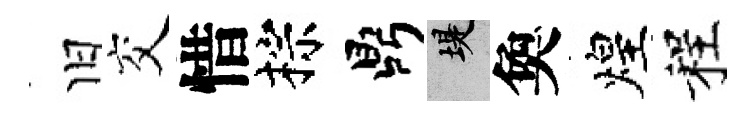
旧交惜棕鼎堤奐煌程